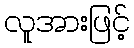
လူအားဖြင့်